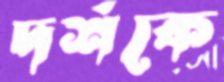
দর্শকে